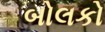
બોલકો